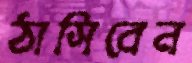
ঠাসিবেন